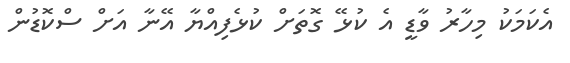
އެކަމަކު މިހާރު ވާޑީ އެ ކުޅޭ ގޮތަށް ކުޅެފިއްޔާ އޭނާ އަށް ސްކޮޑުން